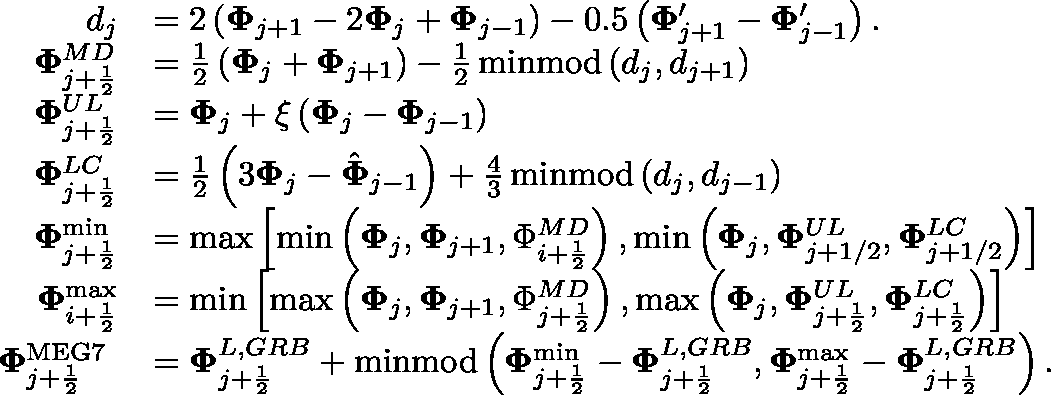
\begin{array} { r l } { d _ { j } } & { = 2 \left( { { \mathbf { \Phi } } } _ { j + 1 } - 2 { { \mathbf { \Phi } } } _ { j } + { { \mathbf { \Phi } } } _ { j - 1 } \right) - 0 . 5 \left( { { \mathbf { \Phi } } } _ { j + 1 } ^ { \prime } - { { \mathbf { \Phi } } } _ { j - 1 } ^ { \prime } \right) . } \\ { { \mathbf { \Phi } } _ { j + \frac { 1 } { 2 } } ^ { M D } } & { = \frac { 1 } { 2 } \left( { { \mathbf { \Phi } } } _ { j } + { { \mathbf { \Phi } } } _ { j + 1 } \right) - \frac { 1 } { 2 } \operatorname { m i n m o d } \left( d _ { j } , d _ { j + 1 } \right) } \\ { { \mathbf { \Phi } } _ { j + \frac { 1 } { 2 } } ^ { U L } } & { = { { \mathbf { \Phi } } } _ { j } + \xi \left( { { \mathbf { \Phi } } } _ { j } - { { \mathbf { \Phi } } } _ { j - 1 } \right) } \\ { { \mathbf { \Phi } } _ { j + \frac { 1 } { 2 } } ^ { L C } } & { = \frac { 1 } { 2 } \left( 3 { { \mathbf { \Phi } } } _ { j } - { \hat { \mathbf { \Phi } } } _ { j - 1 } \right) + \frac { 4 } { 3 } \operatorname { m i n m o d } \left( d _ { j } , d _ { j - 1 } \right) } \\ { { \mathbf { \Phi } } _ { j + \frac { 1 } { 2 } } ^ { \operatorname* { m i n } } } & { = \operatorname* { m a x } \left[ \operatorname* { m i n } \left( { { \mathbf { \Phi } } } _ { j } , { { \mathbf { \Phi } } } _ { j + 1 } , { \Phi } _ { i + \frac { 1 } { 2 } } ^ { M D } \right) , \operatorname* { m i n } \left( { { \mathbf { \Phi } } } _ { j } , { \mathbf { \Phi } } _ { j + 1 / 2 } ^ { U L } , { \mathbf { \Phi } } _ { j + 1 / 2 } ^ { L C } \right) \right] } \\ { { \mathbf { \Phi } } _ { i + \frac { 1 } { 2 } } ^ { \operatorname* { m a x } } } & { = \operatorname* { m i n } \left[ \operatorname* { m a x } \left( { { \mathbf { \Phi } } } _ { j } , { { \mathbf { \Phi } } } _ { j + 1 } , { \Phi } _ { j + \frac { 1 } { 2 } } ^ { M D } \right) , \operatorname* { m a x } \left( { { \mathbf { \Phi } } } _ { j } , { \mathbf { \Phi } } _ { j + \frac { 1 } { 2 } } ^ { U L } , { \mathbf { \Phi } } _ { j + \frac { 1 } { 2 } } ^ { L C } \right) \right] } \\ { { \mathbf { \Phi } } _ { j + \frac { 1 } { 2 } } ^ { \mathrm { M E G 7 ~ } } } & { = { \mathbf { \Phi } } _ { j + \frac { 1 } { 2 } } ^ { L , G R B } + \operatorname { m i n m o d } \left( { \mathbf { \Phi } } _ { j + \frac { 1 } { 2 } } ^ { \operatorname* { m i n } } - { \mathbf { \Phi } } _ { j + \frac { 1 } { 2 } } ^ { L , G R B } , { \mathbf { \Phi } } _ { j + \frac { 1 } { 2 } } ^ { \operatorname* { m a x } } - { \mathbf { \Phi } } _ { j + \frac { 1 } { 2 } } ^ { L , G R B } \right) . } \end{array}